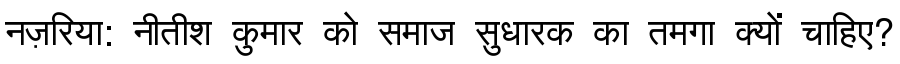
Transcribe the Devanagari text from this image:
नज़रिया: नीतीश कुमार को समाज सुधारक का तमगा क्यों चाहिए?